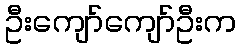
ဦးကျော်ကျော်ဦးက